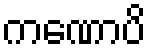
ကဏောပိ